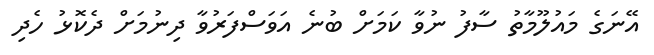
އޭނަގެ މައުލޫމާތު ސާފު ނުވާ ކަމަށް ބުނެ އަވަސްފަރުވާ ދިނުމަށް ދެކޮޅު ހެދި